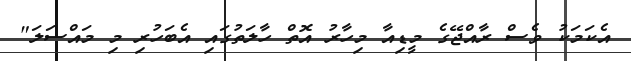
އެކަމަކު ވެސް ރާއްޖޭގެ މީޑިއާ މިހާރު އޮތް ހާލަތުގައި އެބަހުރި މި މައްސަލަ"